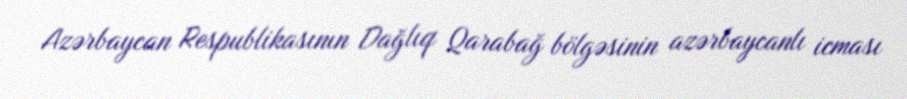
Azərbaycan Respublikasının Dağlıq Qarabağ bölgəsinin azərbaycanlı icması